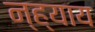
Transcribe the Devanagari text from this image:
न्ह्याय